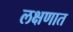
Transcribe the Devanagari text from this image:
लक्षणात